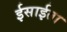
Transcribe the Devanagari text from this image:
ईसाईता